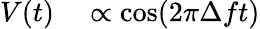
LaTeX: \begin{array}{rl}{V(t)}&{{}\propto\cos(2\pi\Delta ft)}\end{array}